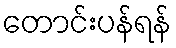
တောင်းပန်ရန်